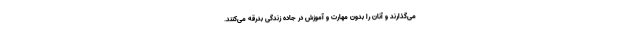
می‌گذارند و آنان را بدون مهارت و آموزش در جاده زندگی بدرقه می‌کنند.